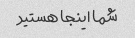
شما اینجا هستید